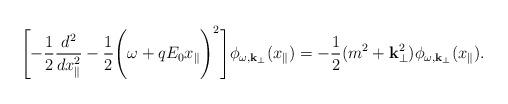
LaTeX: \begin{align*}\Biggl[- \frac{1}{2} \frac{d^2}{dx_{\parallel}^2} -\frac{1}{2}\Biggl( \omega + q E_0 x_{\parallel} \Biggr)^2 \Biggr]\phi_{\omega, {\bf k}_{\perp}} (x_{\parallel}) = - \frac{1}{2}(m^2+ {\bf k}_{\perp}^2) \phi_{\omega, {\bf k}_{\perp}}(x_{\parallel}). \end{align*}